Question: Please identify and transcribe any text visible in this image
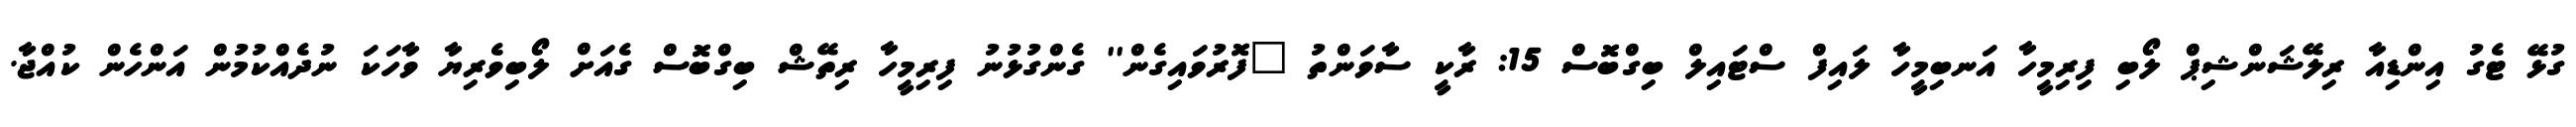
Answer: ގުޅޭ ޓެގު އިންޑިއާ ރިލޭޝަންޝިޕް ލޯބި ފިރިމީހާ އަނބިމީހާ ލައިފް ސްޓައިލް ބިގްބޮސް 15: ރާކީ ސާވަންތު "ފޮރުވައިގެން'' ގެންގުޅުނު ފިރިމީހާ ރިތޭޝް ބިގްބޮސް ގެއަށް ލޯބިވެރިޔާ ވާހަކަ ނުދެއްކުމުން އަންހެން ކުއްޖާ.